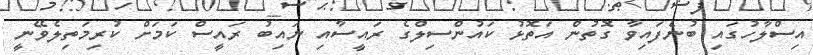
އިސްލާހުގައި ބުނެފައިވާ ގޮތުން އަތޮޅު ކައުންސިލްގެ ރައީސާއި ނައިބު ރައީސް ކަމަށް ކުރިމަތިލެވޭނީ